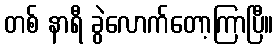
တစ် နာရီ ခွဲလောက်တော့ကြာပြီ။